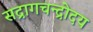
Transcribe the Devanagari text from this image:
सद्रागचन्द्रोदय